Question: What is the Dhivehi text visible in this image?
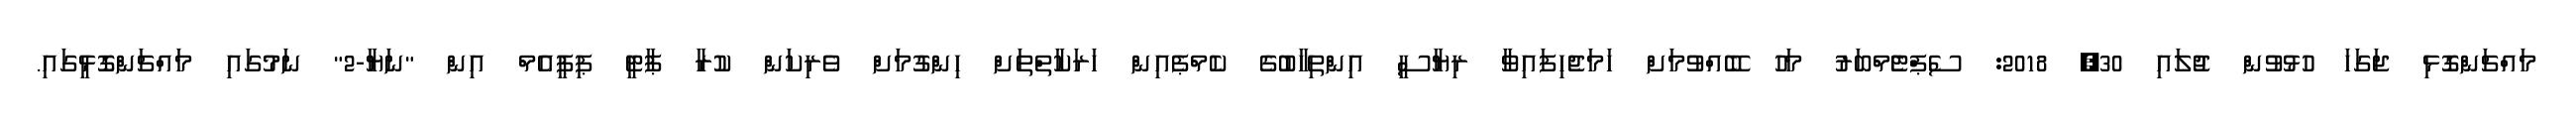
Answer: މައްޗަންގޮޅި ޖަގަހަ ހުޅުވުން ޖުލައި 30, 2018: ސެޕްޓެެމްބަރު މަހު ބޭއްވުމަށް ހަމަޖެހިފައިވާ ރިޔާސީ އިންތިހާބުގެ ކެމްޕެއިން ހަރަކާތްތަށް ހިންގުމަށް ވެރިކަން ކުރާ ޕާޓީ ޕިޕީއެމް އިން "ނަޔާ-2" ނަމުގައި މައްޗަންގޮޅީގައި.